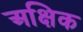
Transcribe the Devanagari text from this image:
अक्षिक